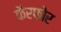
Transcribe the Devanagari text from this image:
कैरफोर